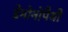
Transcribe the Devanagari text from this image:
डेमोनोपैथी